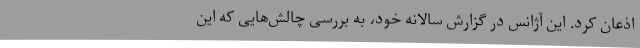
اذعان کرد. این آژانس در گزارش سالانه خود، به بررسی چالش‌هایی که این